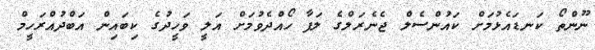
ނޫންތޯ ކަނޑައެޅުމަށް ކައުންސެލް ޖެނެރަލްގެ ލަފާ ހޯއްދެވުމަށް އަލީ ވަހީދުގެ ކިބައިން އަބްދުއްރަހީމް